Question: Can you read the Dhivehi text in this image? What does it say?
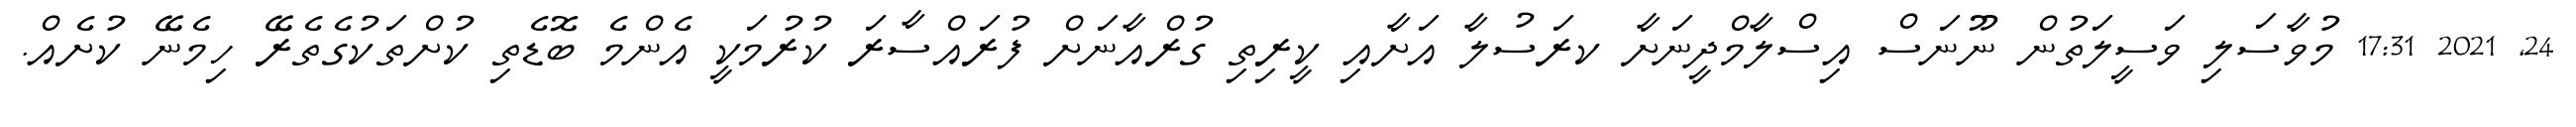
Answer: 24, 2021 17:31 މުވާސަލި ވަސީލަތުން ނޫނަސް އިސްލާމްދީނަށާ ކރަސުލާ އަށާއި ކީރިތި ގުރްއާނަށް ފުރައްސާރަ ކުރުމަކީ އެންމެ ބޮޑެތި ކުށްތަކުގެތެރޭ ހިމެނޭ ކުށެއް.